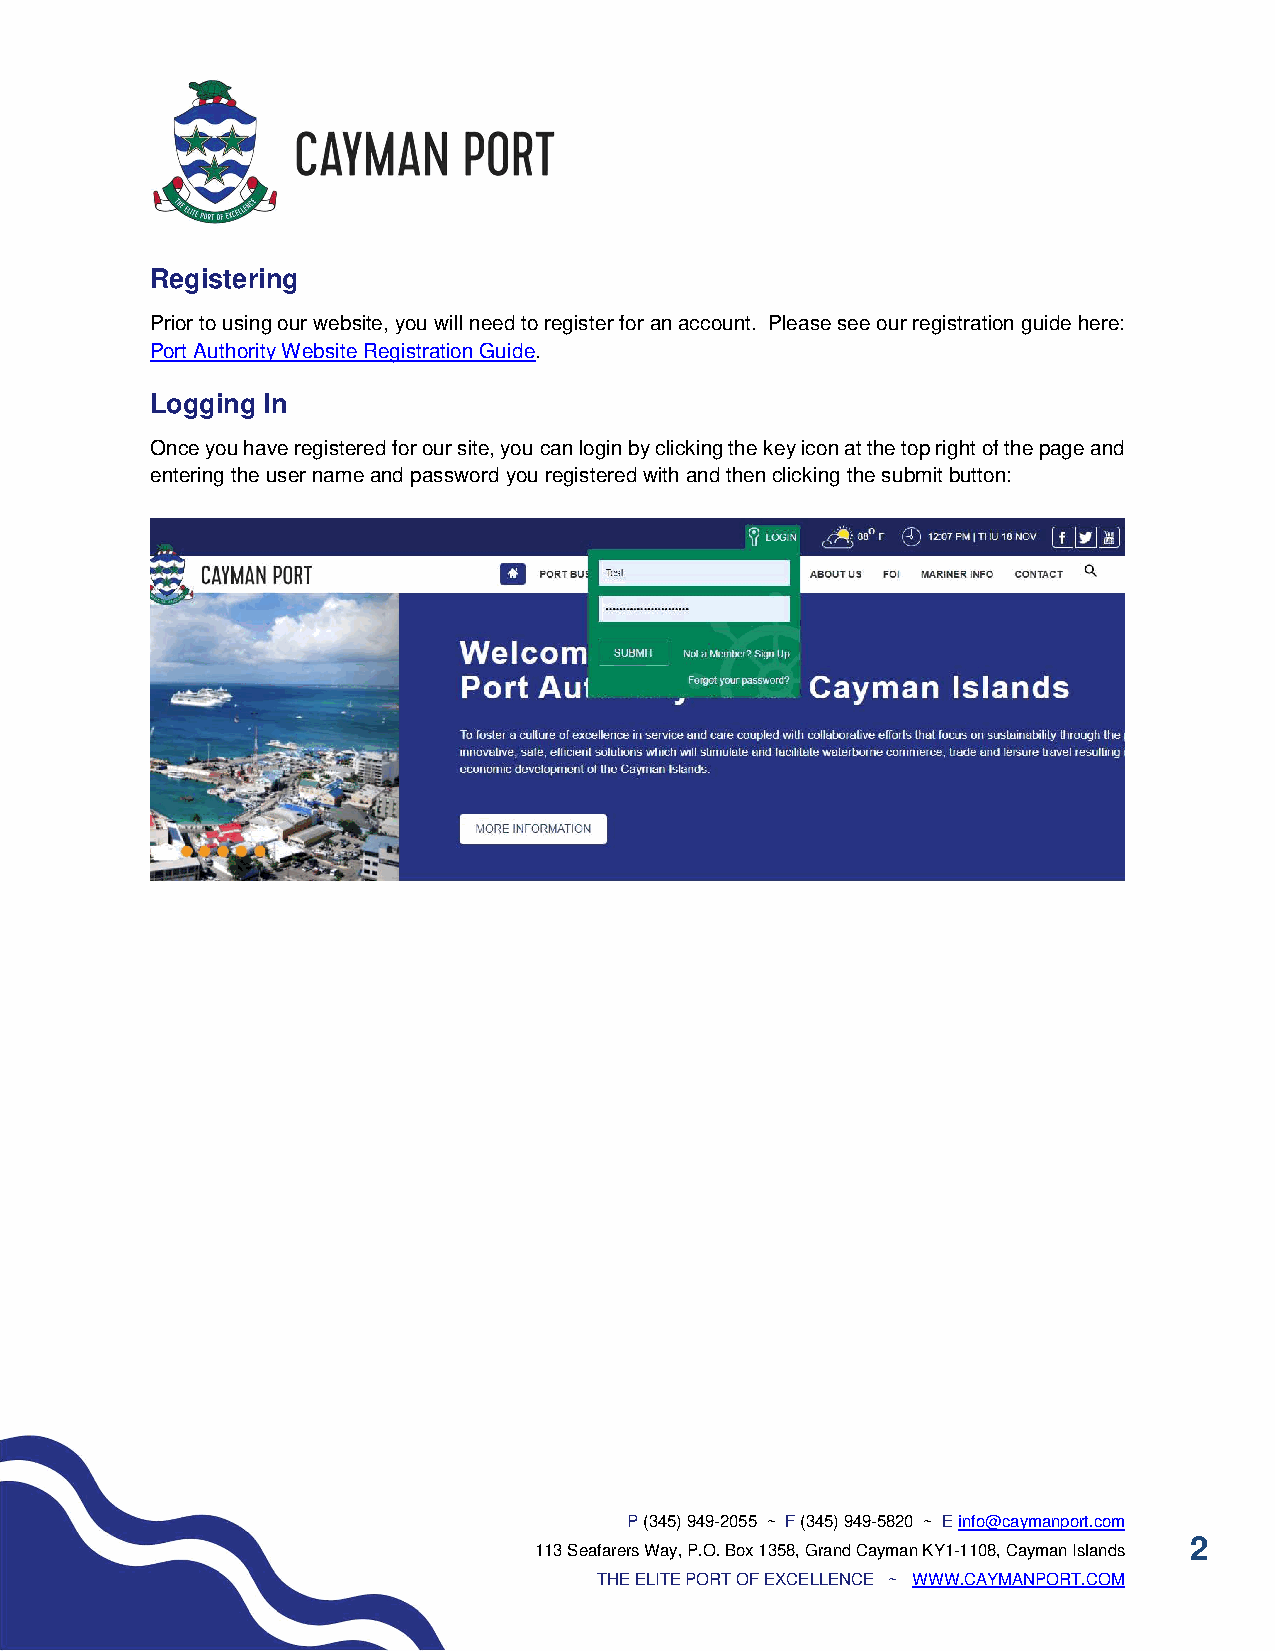
Registering
 Prior to using our website, you will need to register for an account. Please see our registration guide here:
 Port Authority Website Registration Guide.
 Logging In
 Once you have registered for our site, you can login by clicking the key icon at the top right of the page and
 entering the user name and password you registered with and then clicking the submit button:
 P (345) 949-2055 ~ F (345) 949-5820 ~ E info@caymanport.com
 2
 113 Seafarers Way, P.O. Box 1358, Grand Cayman KY1-1108, Cayman Islands
 THE ELITE PORT OF EXCELLENCE ~ WWW.CAYMANPORT.COM